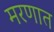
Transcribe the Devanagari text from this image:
मरणात